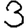
Digit: 3